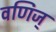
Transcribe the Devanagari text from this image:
वणिज्